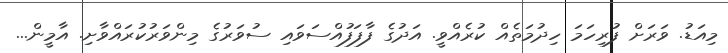
މިއަޑު. ވަރަށް ފުރިހަމަ ހިދުމަތެއް ކުރެއްވީ. އަދުގެ ފާފަފުއްސަވައި ސުވަރުގެ މިންވަރުކުރައްވާށި. އާމީން...